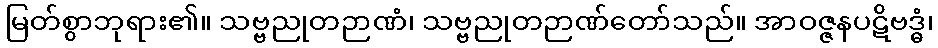
မြတ်စွာဘုရား၏။ သဗ္ဗညုတဉာဏံ၊ သဗ္ဗညုတဉာဏ်တော်သည်။ အာဝဇ္ဇနပဋိဗဒ္ဓံ၊